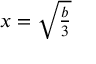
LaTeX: x = \textstyle { \sqrt { \frac { b } { 3 } } }